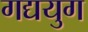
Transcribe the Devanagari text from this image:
गद्ययुग